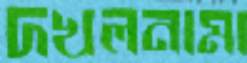
দখলনামা